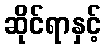
ဆိုင်ရာနှင့်